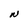
Character: N